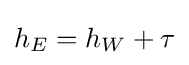
h_{E}=h_{W}+\tau